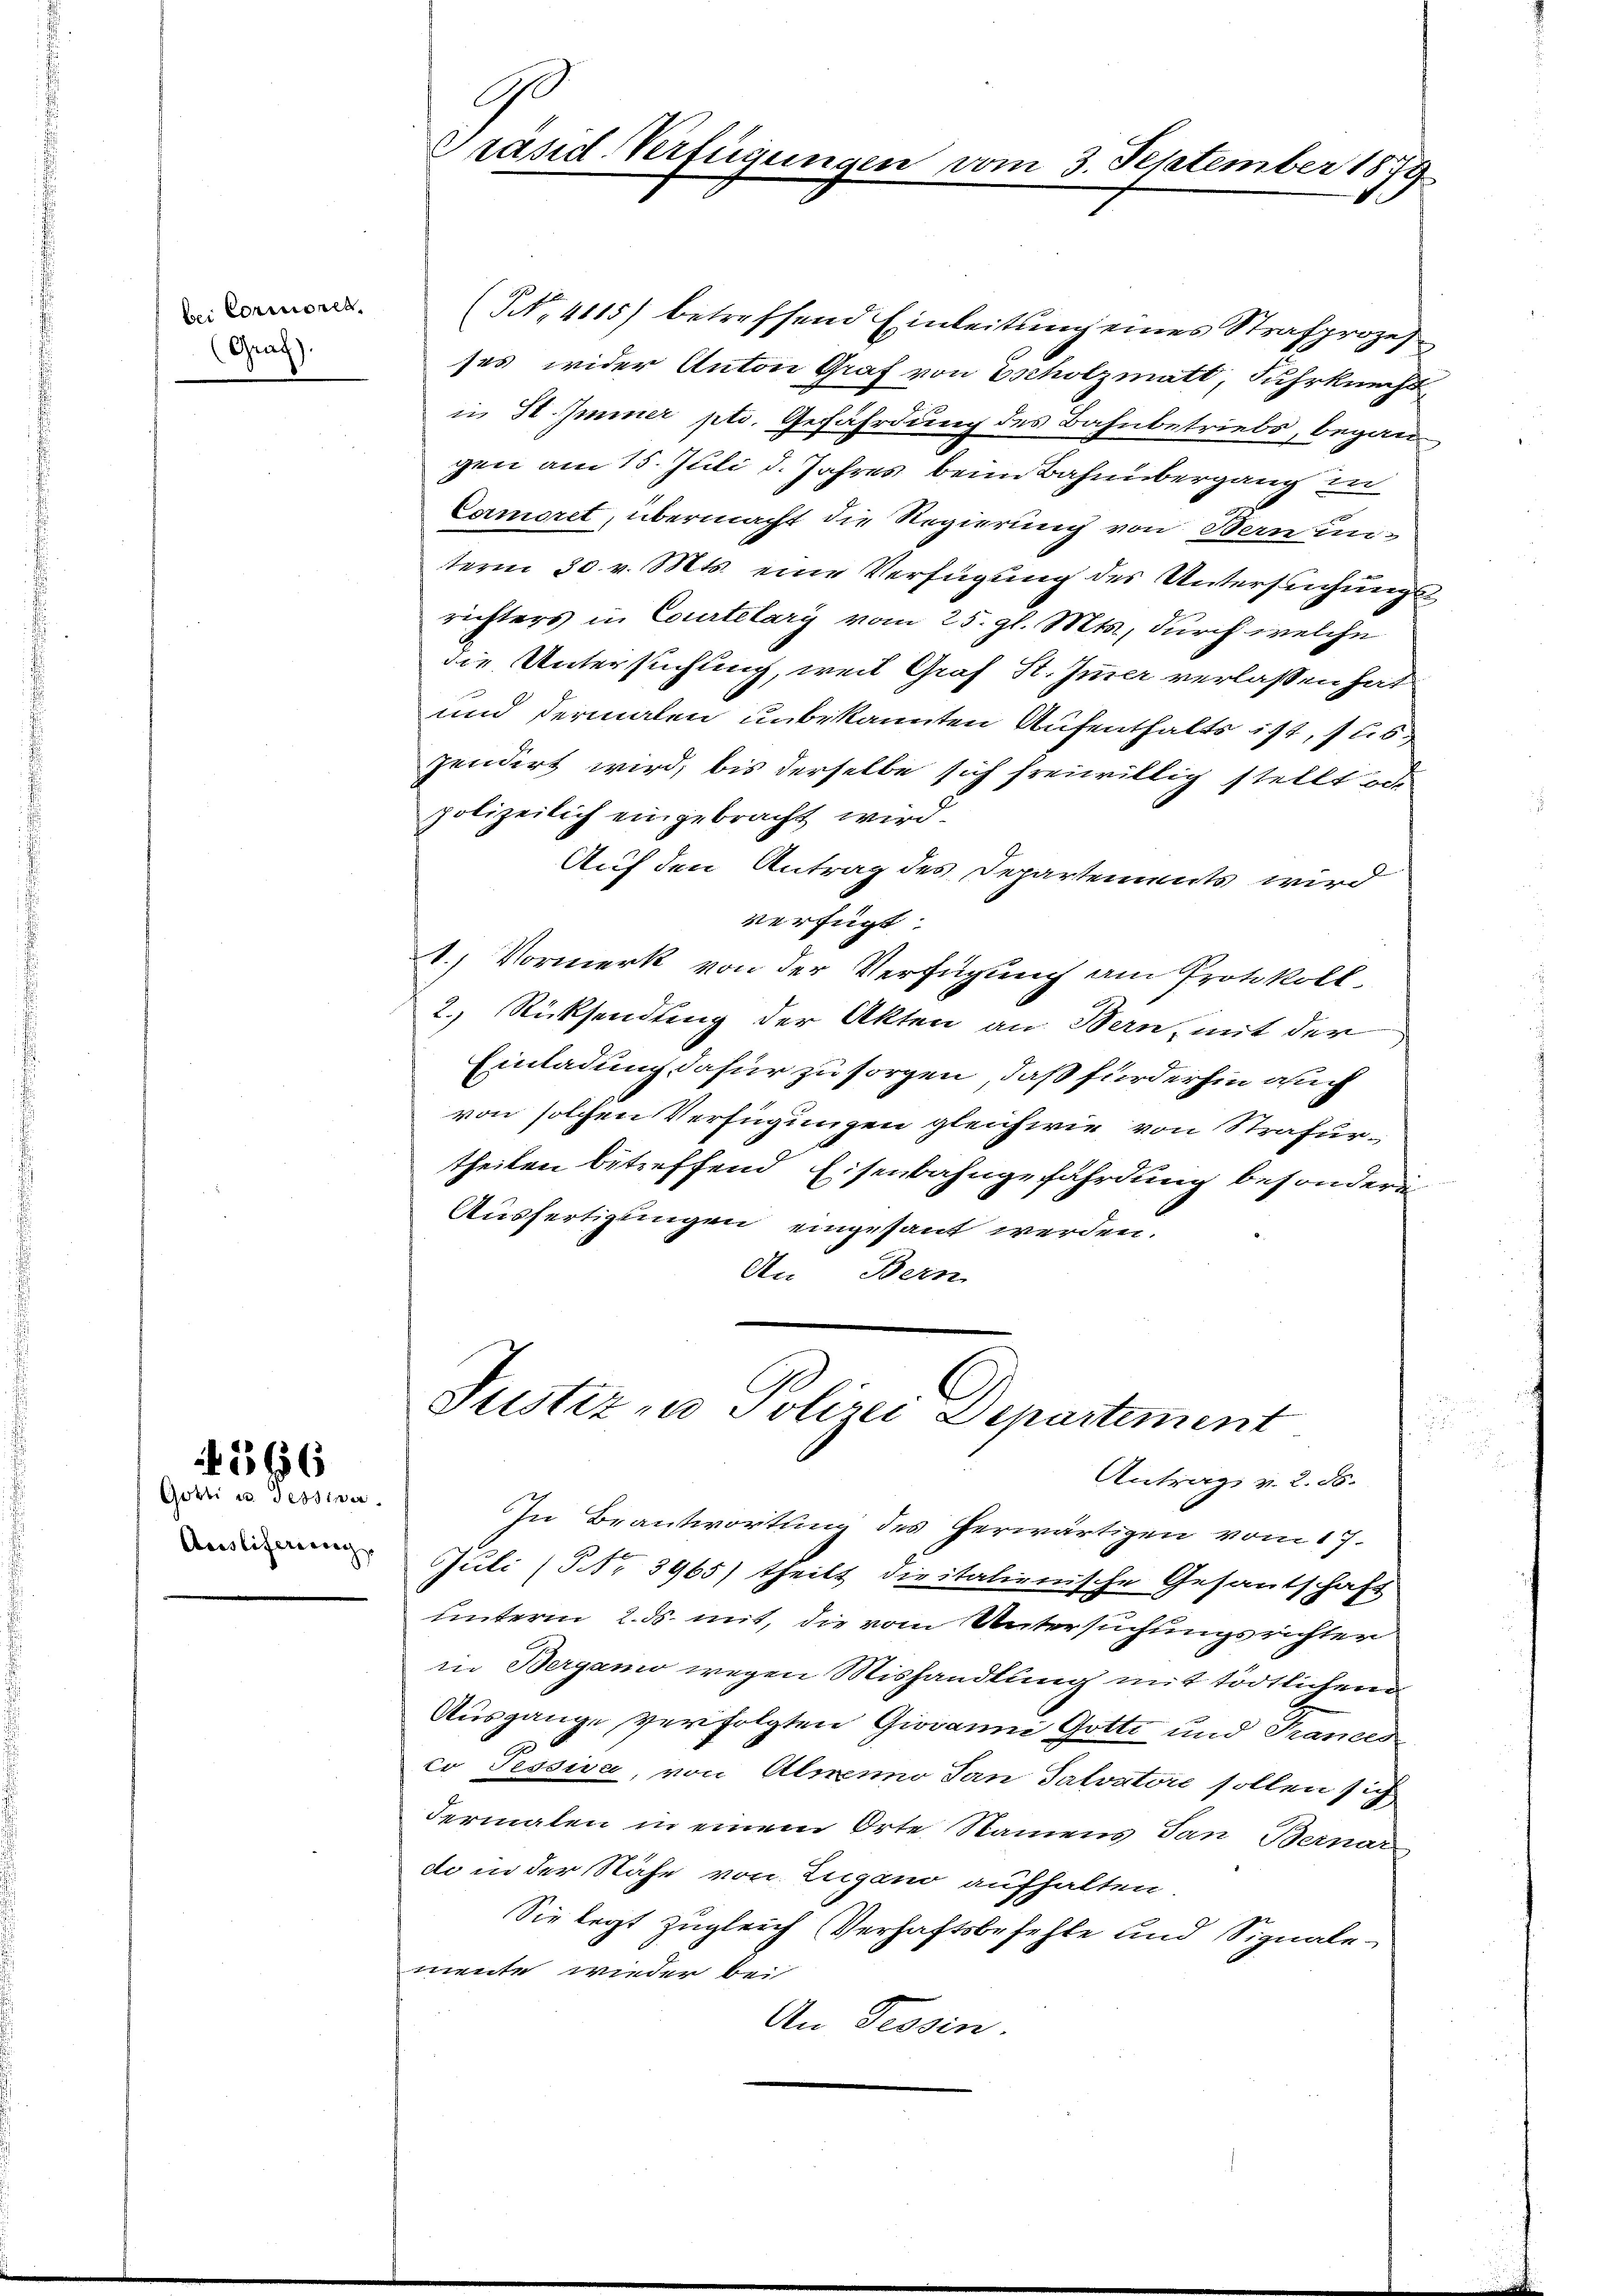
bei Commonet
Graz).

Götti u. Tessiner
Auslieferung

566

9
Grand Verfügungen

(NNo. 4115) betreffend Einleitung eines Strafprozes
ses wider Anton Graf von Escholzmatt, Fuhrknechtin St. Immer ptr. Gefährdung des Bahnbetriebs, begangen am 15. Juli d. Jahres beim Bahnübergang in
Cormiret, übermacht die Regierung von Bern unterm 30. v. Mts. eine Verfügung des Untersuchungsrichters in Courtelary vom 25. gl. Mts., durch welche
die Untersuchung, weil Graf St. Immer verlassen hat
und dermalen unbekannten Aufenthalts ist, suis,
pendirt wird, bis derselbe sich freiwillig stellt od.
polizeilich eingebracht wird.
Auf den Antrag des Departements wird
verfügt:
1.) Vormerk von der Verfügung am Protokoll
2.) Rücksendung der Akten an Bern, mit der
Einladung dafür zu sorgen, daß fürderhin auch
von solchen Verfügungen gleichwie von Strafurtheilen betreffend Eisenbahngefährdung besondern
Ausfertigungen eingesant werden.
An Bern

am 3. September 1879

Justiz- u Polizei Departement
Antrag v. 2. ds.
In Beantwortung des herwärtigen vom 17.
Juli (PNNo. 3965) theilt dieitalienische Gesantschaft

unterm 2. ds. mit, die vom Untersuchungsrichter
in Bergamo wegen Mishandlung mit tödtlichen
Ausgange verfolgten Giovanni Gotte und Trances
co Tessiva, von Almenno San Talvatore sollen sich
dermalen in einem Orte Namens Tan Bernar
de in der Nähe von Zugano aufhalten.
Sie legt zugleich Verhaftsbefehle und Signalemeute wieder bei
An Tessin.